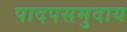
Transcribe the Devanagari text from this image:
पादपसमुदाय